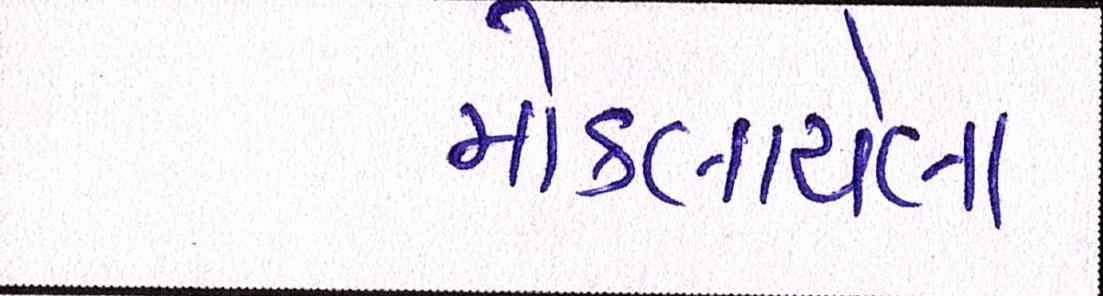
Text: મોકલાયેલા